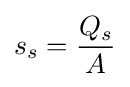
s_{s}={\frac {Q_{s}}{A}}